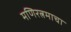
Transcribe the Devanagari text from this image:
मणिरत्नमाचा